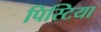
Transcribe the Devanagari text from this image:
पिस्टिया